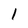
Character: 1